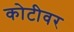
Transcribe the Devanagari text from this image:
कोटीवर